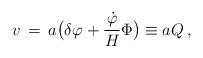
\begin{align*}v \, = \, a \bigl( \delta \varphi + {{{\dot \varphi}} \over H} \Phi\bigr) \equiv a Q \, ,\end{align*}